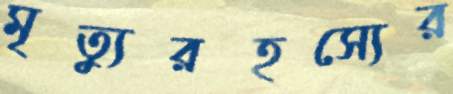
মৃত্যুরহস্যের